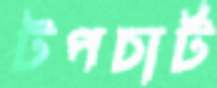
টপচার্ট